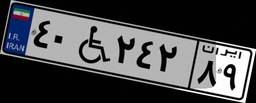
۴۰W۲۴۲۸۹